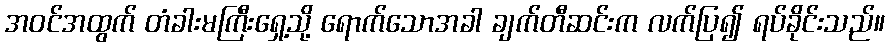
အဝင်အထွက် တံခါးမကြီးရှေ့သို့ ရောက်သောအခါ ချက်တီဆင်းက လက်ပြ၍ ရပ်ခိုင်းသည်။